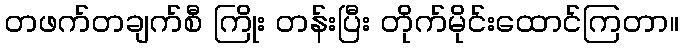
တဖက်တချက်စီ ကြိုး တန်းပြီး တိုက်မိုင်းထောင်ကြတာ။